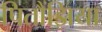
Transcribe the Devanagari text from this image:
पितौंझिया